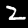
Digit: 2